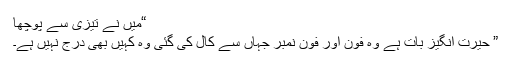
“میں نے تیزی سے پوچھا
” حیرت انگیز بات ہے وہ فون اور فون نمبر جہاں سے کال کی گئی وہ کہیں بھی درج نہیں ہے۔